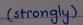
( strongly )